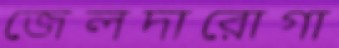
জেলদারোগা